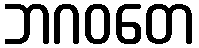
ဘဂဝတေ